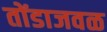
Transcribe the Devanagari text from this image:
तोंडाजवळ